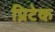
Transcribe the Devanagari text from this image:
प्रिटेक